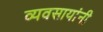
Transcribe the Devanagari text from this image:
व्यवसायांनी